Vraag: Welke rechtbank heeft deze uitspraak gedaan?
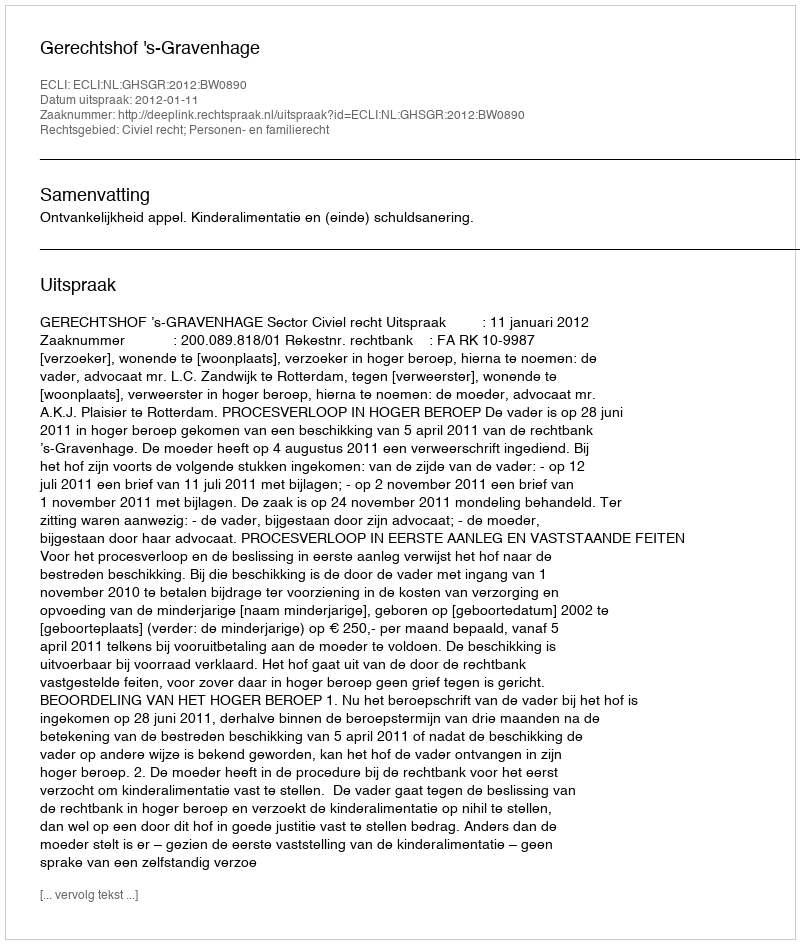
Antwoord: Gerechtshof 's-Gravenhage